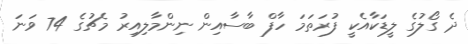
ދެ ގޯލުގެ ލީޑަކާއެކީ ފުރަތަމަ ހާފް ބާސާއިން ނިންމާލިއިރު މެޗުގެ 74 ވަނަ